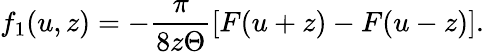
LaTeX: f_{1}(u,z)=-\frac{\pi}{8z\Theta}[F(u+z)-F(u-z)].